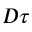
D \tau